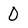
Character: 0